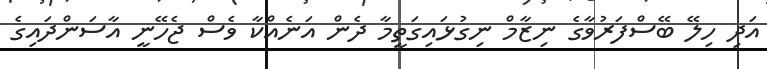
އަދި ހިލޭ ބޭސްފަރުވާގެ ނިޒާމް ނިގުޅައިގަތީމާ ދެން އަނެއްކާ ވެސް ޖެހޭނީ އާސަންދައިގެ